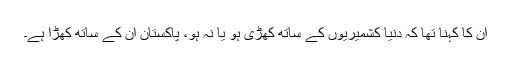
ان کا کہنا تھا کہ دنیا کشمیریوں کے ساتھ کھڑی ہو یا نہ ہو، پاکستان ان کے ساتھ کھڑا ہے۔